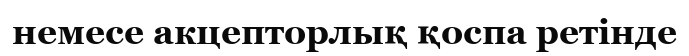
немесе акцепторлық қоспа ретінде